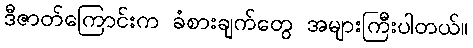
ဒီဇာတ်ကြောင်းက ခံစားချက်တွေ အများကြီးပါတယ်။